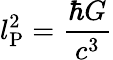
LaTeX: l_{\mathrm{P}}^{2}={\frac{\hbar G}{c^{3}}}